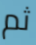
ثم